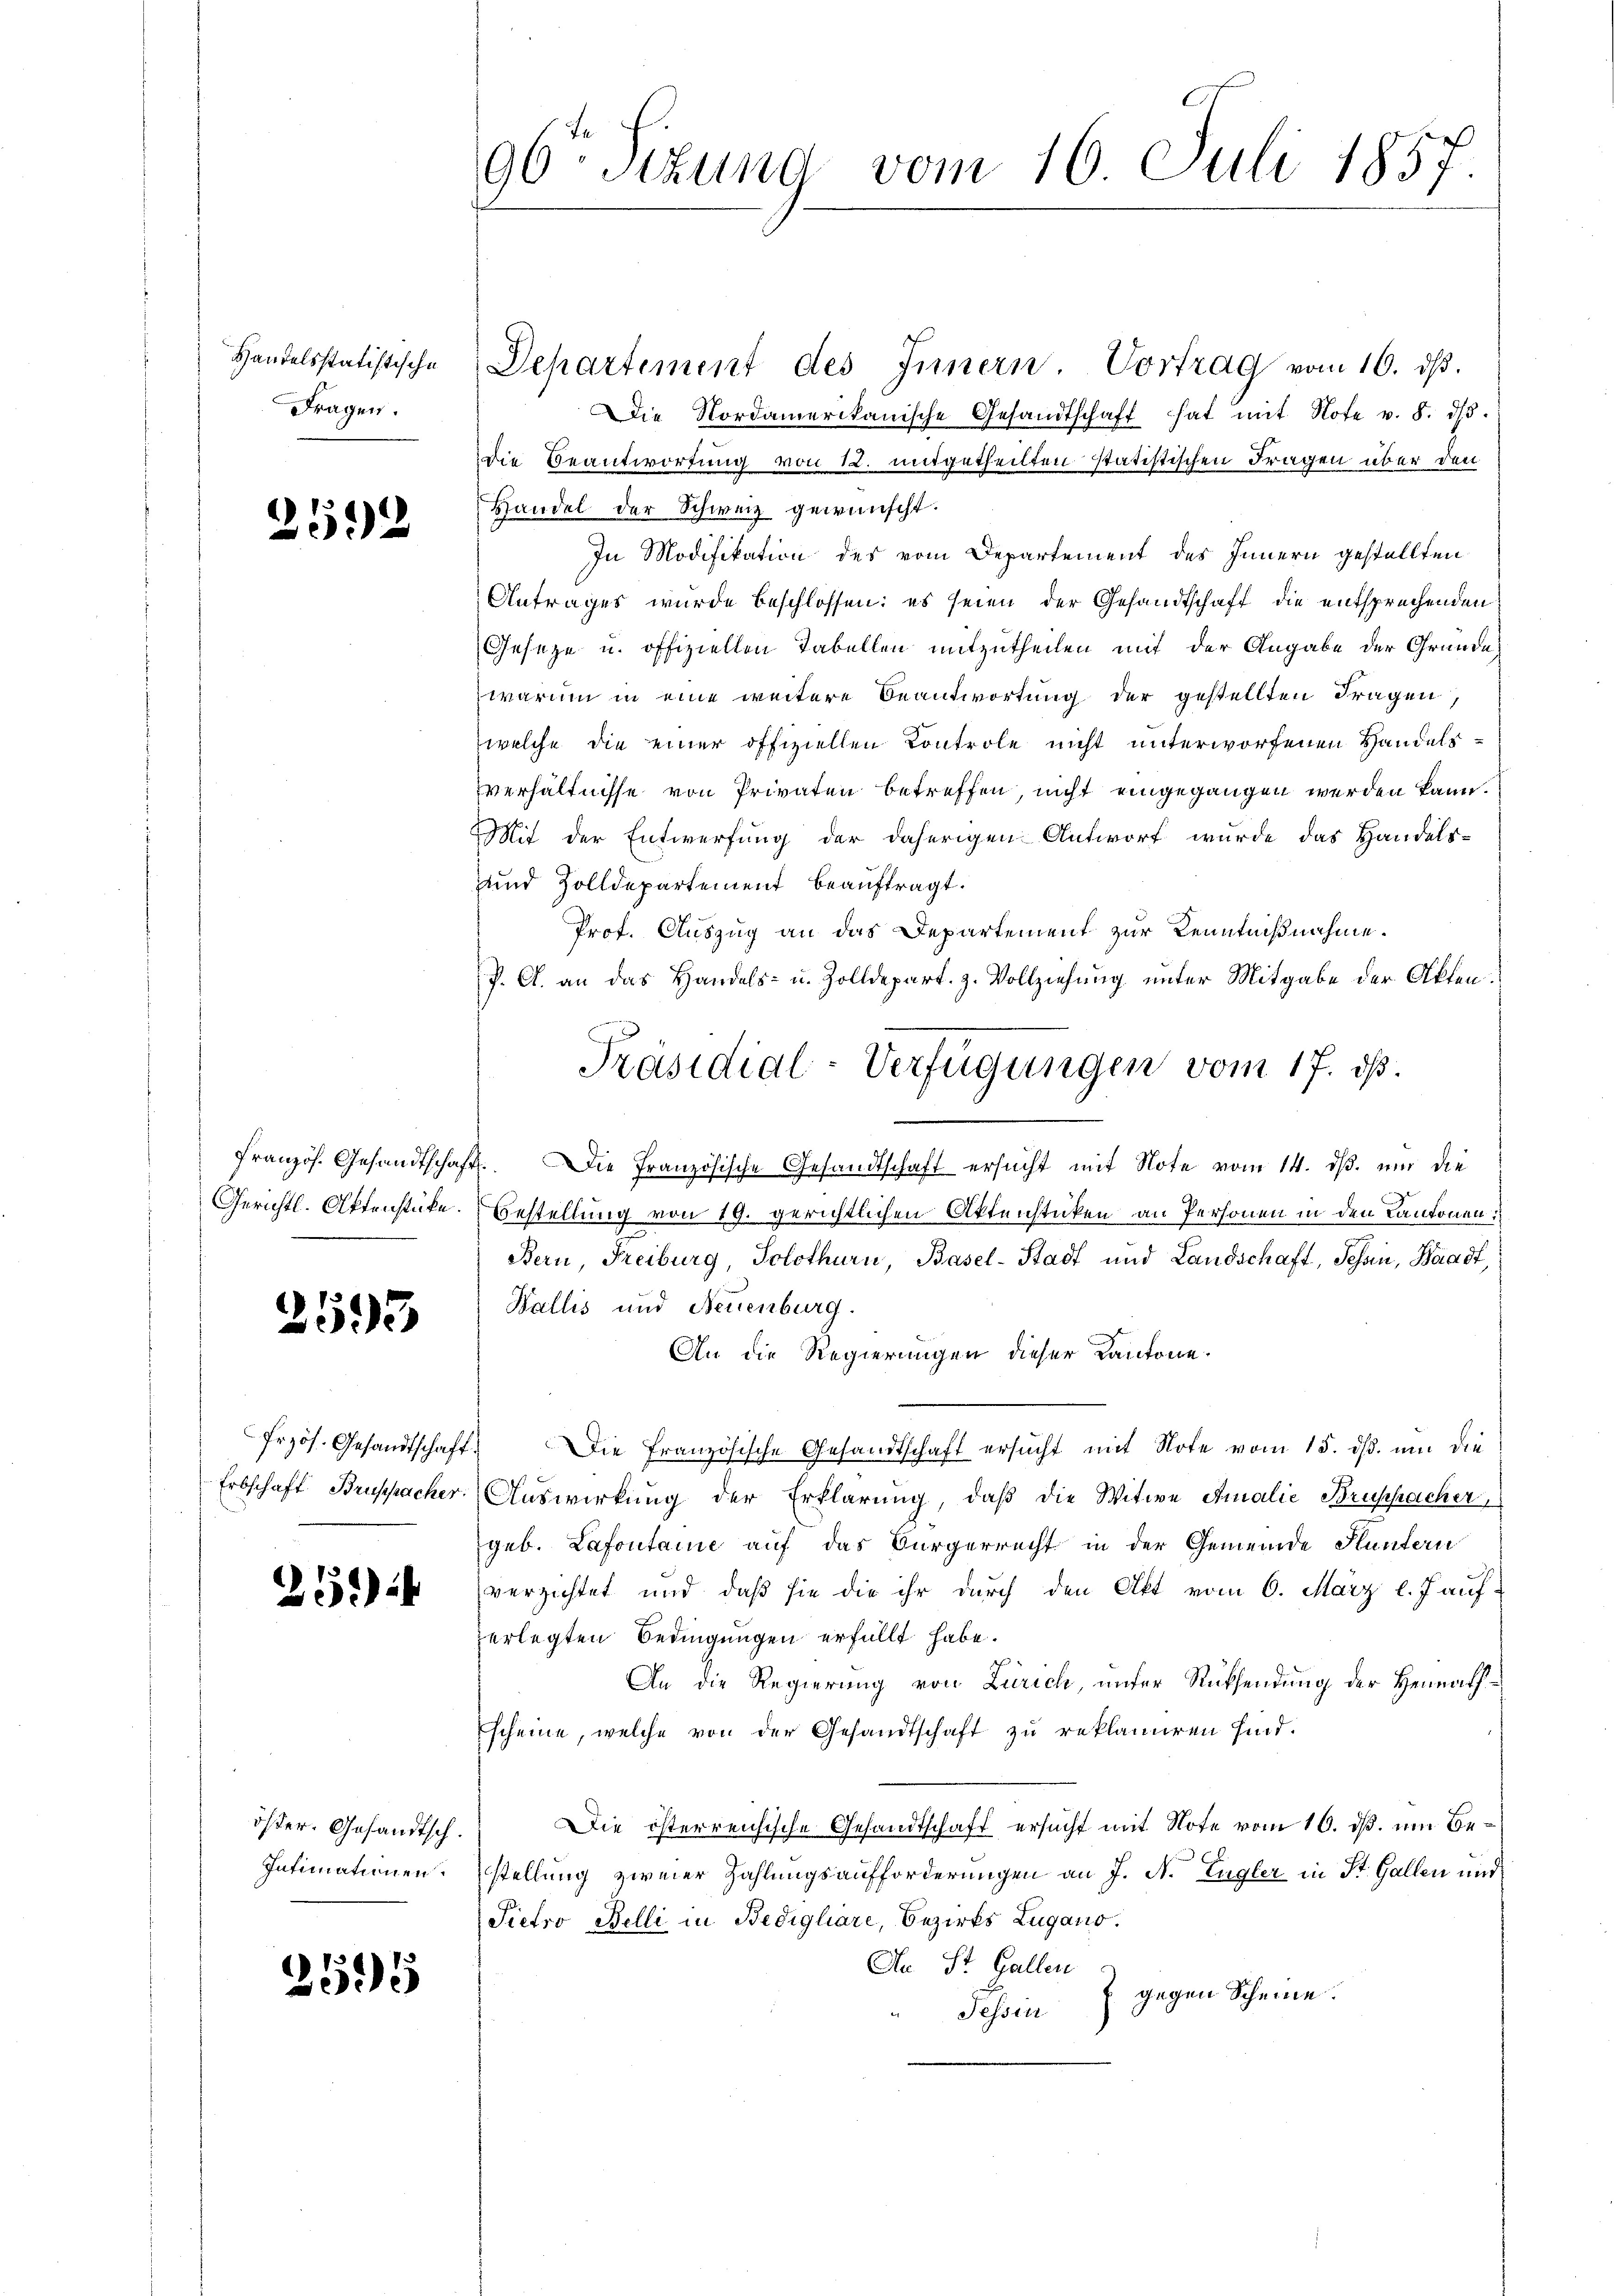
Handelsstatistische
Fragen.

2592

französ. Gesandtschaft
Gerichtl. Aktenstücke.

2593

Przös. Gesandtschaft
Erbschaft Bruppacher.

251)

öster. Gesandtsch
Intimationen.

2595

90 Sizung vom 16. Juli 1857

Departement des Innern. Vortrag vom 16. dβ.
Die Nordamerikanische Gesandtschaft hat mit Note v. 8. dβ.
Die Beantwortung von 12. mitgetheilten statistischen Fragen über den
Handel der Schweiz gewünscht.
In Modifikation des vom Departement des Innern gestellten
Antrages wurde beschlossen: es seien der Gesandtschaft die entsprechenden
Geseze u. offiziellen Tabellen mitzutheilen mit der Angabe der Grunde
warum in eine weitere Beantwortung der gestellten Fragen
welche die einer offiziellen Kontrole nicht unterworfenen Handelsverhältnisse von Privaten betreffen, nicht eingegangen werden kann.
Mit der Entwerfung der daherigen Antwort wurde das Handels-
und Zolldepartement beauftragt.
Prof. Auszug an das Departement zur Kenntnißnahme.
P. G. an das Handels- u. Zolldepart. z. Vollziehung unter Mitgabe der Akten.
2. Die Französische Gesandtschaft ersucht mit Note vom 14. ds. und die
Bestellung von 19. gerichtlichen Aktenstücken an Personen in den Kantonen.
Bern, Freiburg, Solothurn, Basel-Stadt und Landschaft, Schon, Waadt,
Wallis und Neuenburg.
An die Regierungen dieser Kantone.
Die Französische Gesandtschaft ersucht mit Note vom 15. dß. um die
Auswirkung der Erklärung, daß die Witwe Amalie Bruppacher
geb. Lafontaine auf das Bürgerrecht in der Gemeinde Fluntern
verzichtet und daß sie die ihr durch den Akt vom 6. März l. Janf
erlegten Bedingungen erfüllt habe.
An die Regierung von Zürich, unter Rücksendung der Heimath¬
Escheine, welche von der Gesandtschaft zu reklamiren sind.
Die österreichische Gesandtschaft ersucht mit Note vom 10. ds. um Bestellung zweier Zahlungsaufforderungen an J. N. Engler in St. Gallen und
Pietro Belli in Bedigliare, Bezirks Lugano.
An St. Gallen
Tessin 8 gegen Scheine.

Präsidial-Verfügungen vom 17. ds.